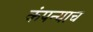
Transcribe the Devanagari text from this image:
कंपन्याच